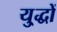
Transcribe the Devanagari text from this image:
यु्द्धों